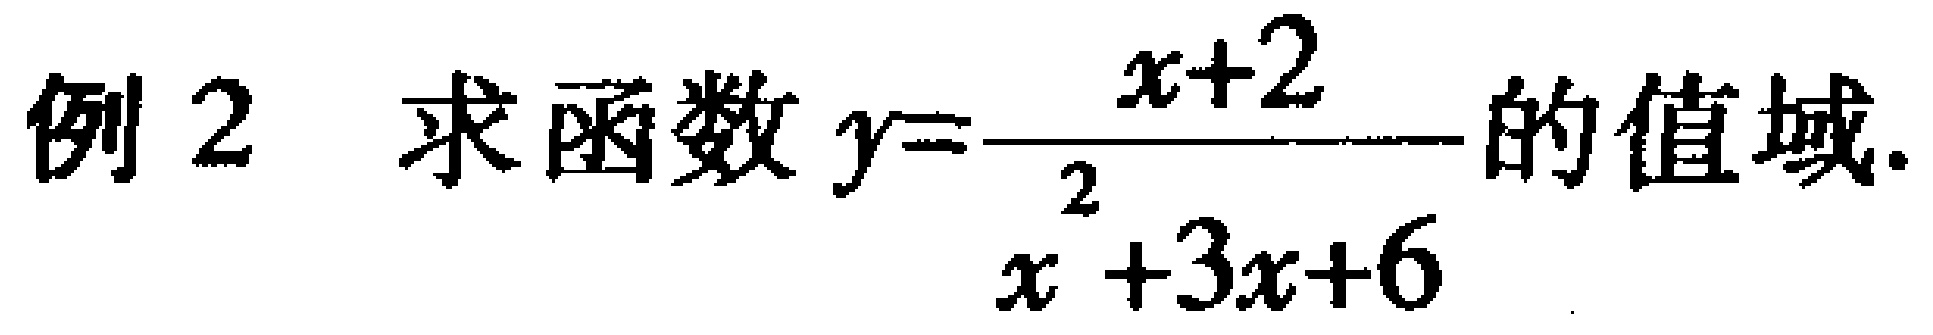
例2 求函数$y=\frac{x + 2}{x^{2}+3x + 6}$的值域.